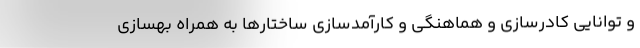
و توانایی کادرسازی و هماهنگی و کارآمدسازی ساختارها به همراه بهسازی